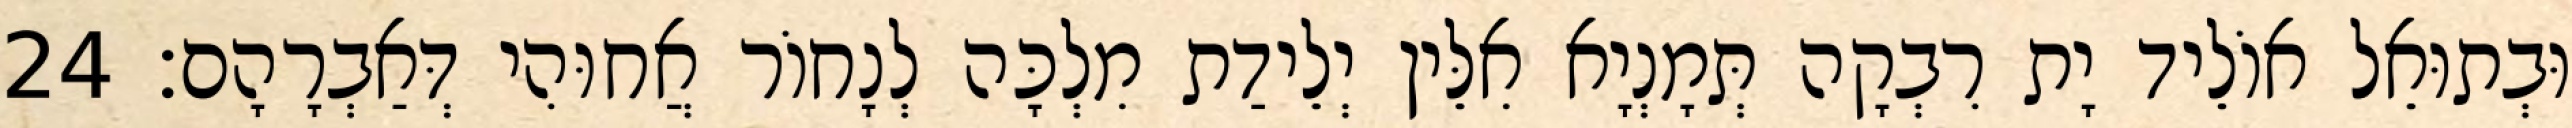
וּבְתוּאֵל אוֹלֵיד יָת רִבְקָה תְּמָנְיָא אִלֵּין יְלֵידַת מִלְכָּה לְנָחוֹר אֲחוּהִי דְּאַבְרָהָם׃ 24